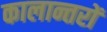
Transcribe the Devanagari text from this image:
कालान्तरों